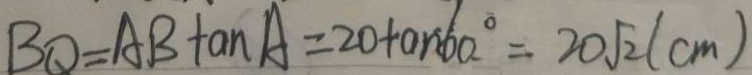
B Q = A B \tan A = 2 0 + a n 6 0 ^ { \circ } = 2 0 \sqrt { 2 } ( c m )